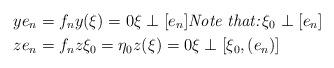
LaTeX: \begin{align*}y e_n& =f_ny(\xi)=0\xi\perp [e_n]\textit{Note that:}\, \xi_0\perp [e_n]\\z e_n& =f_n z\xi_0=\eta_0z(\xi)=0\xi\perp [\xi_0,(e_n)]\\\end{align*}